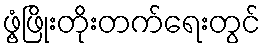
ဖွံ့ဖြိုးတိုးတက်ရေးတွင်